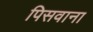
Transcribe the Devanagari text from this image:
पिसवाना